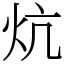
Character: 炕